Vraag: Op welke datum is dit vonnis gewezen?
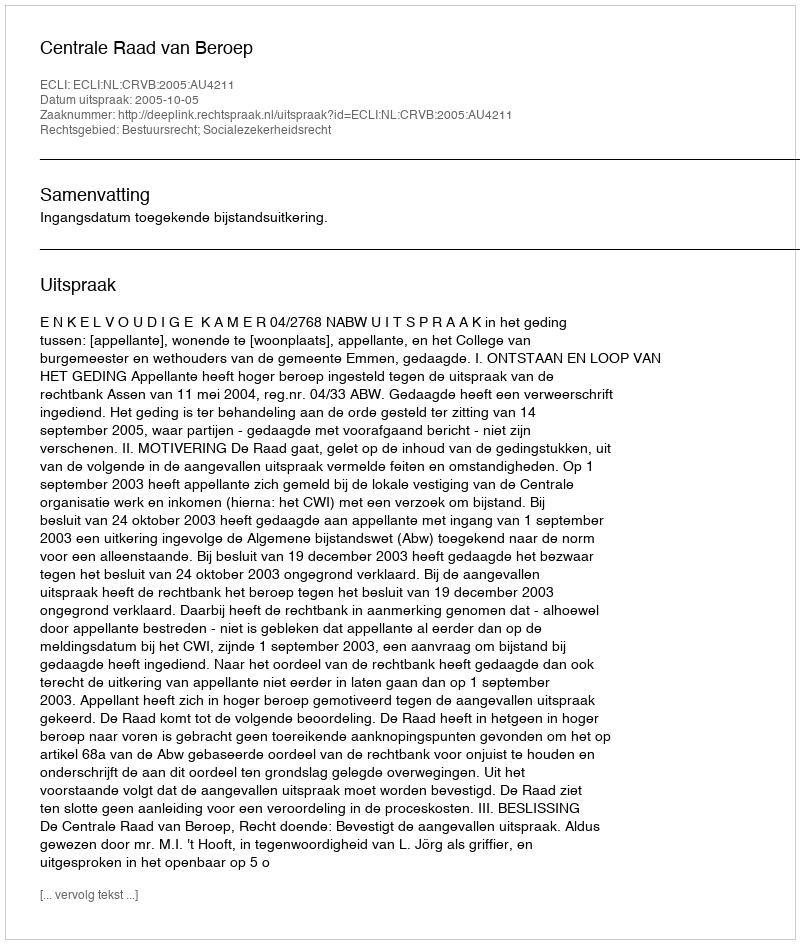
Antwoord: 2005-10-05